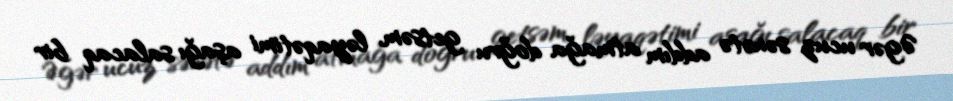
Əgər ucuz sənətə addım atmağa doğru getsəm, ləyaqətimi aşağı salacaq bir